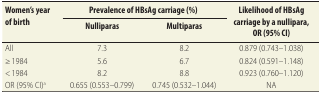
<table><thead><tr><td rowspan="2"><b>Women’s year of birth</b></td><td colspan="2"><b>Prevalence of HBsAg carriage (%)</b></td><td rowspan="2"><b>Likelihood of HBsAg carriage by a nullipara, OR (95% CI)</b></td></tr><tr><td><b>Nulliparas</b></td><td><b>Multiparas</b></td></tr></thead><tbody><tr><td>All</td><td>7.3</td><td>8.2</td><td>0.879 (0.743–1.038)</td></tr><tr><td>≥ 1984</td><td>5.6</td><td>6.7</td><td>0.824 (0.591–1.148)</td></tr><tr><td>&lt; 1984</td><td>8.2</td><td>8.8</td><td>0.923 (0.760–1.120)</td></tr><tr><td>OR (95% CI)<sup>a</sup></td><td>0.655 (0.553–0.799)</td><td>0.745 (0.532–1.044)</td><td>NA</td></tr></tbody></table>